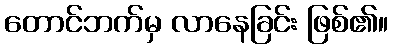
တောင်ဘက်မှ လာနေခြင်း ဖြစ်၏။